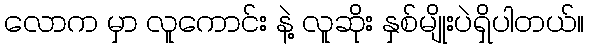
လောက မှာ လူကောင်း နဲ့ လူဆိုး နှစ်မျိုးပဲရှိပါတယ်။